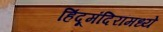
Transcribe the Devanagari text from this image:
हिंदूमंदिरांमध्ये